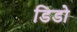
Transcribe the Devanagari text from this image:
डिडो